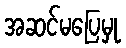
အဆင်မပြေမှု